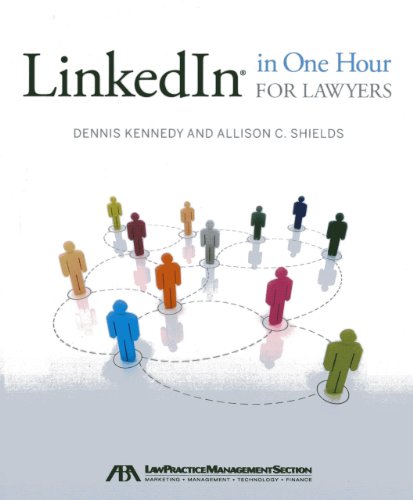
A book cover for LinkedIn in One Hour for Lawyers; Dennis Kennedy; Law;